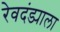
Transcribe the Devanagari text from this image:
रेवदंड्याला